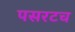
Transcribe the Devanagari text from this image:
पसरटच